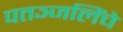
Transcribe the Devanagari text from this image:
पतञ्जलिंचे